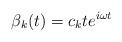
LaTeX: \begin{align*}\beta _k(t)=c_kte^{i\omega t} \end{align*}